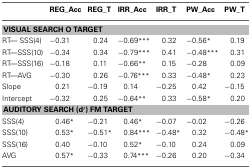
<table><thead><tr><td></td><td><b>REG_Acc</b></td><td><b>REG_T</b></td><td><b>IRR_Acc</b></td><td><b>IRR_T</b></td><td><b>PW_Acc</b></td><td><b>PW_T</b></td></tr></thead><tbody><tr><td colspan="7"><b>VISUAL SEARCH O TARGET</b></td></tr><tr><td>RT— SSS(4)</td><td>−0.31</td><td>0.24</td><td>−0.69<sup>***</sup></td><td>0.32</td><td>−0.56<sup>*</sup></td><td>0.19</td></tr><tr><td>RT—SSS(10)</td><td>−0.34</td><td>0.34</td><td>−0.79<sup>***</sup></td><td>0.41</td><td>−0.48<sup>***</sup></td><td>0.31</td></tr><tr><td>RT—SSS(16)</td><td>−0.18</td><td>0.11</td><td>−0.66<sup>**</sup></td><td>0.15</td><td>−0.28</td><td>0.09</td></tr><tr><td>RT—AVG</td><td>−0.30</td><td>0.26</td><td>−0.76<sup>***</sup></td><td>0.33</td><td>−0.48<sup>*</sup></td><td>0.23</td></tr><tr><td>Slope</td><td>0.21</td><td>−0.19</td><td>0.14</td><td>−0.25</td><td>0.42</td><td>−0.15</td></tr><tr><td>Intercept</td><td>−0.32</td><td>0.25</td><td>−0.64<sup>**</sup></td><td>0.33</td><td>−0.58<sup>*</sup></td><td>0.20</td></tr><tr><td colspan="7"><b>AUDITORY SEARCH (d′) FM TARGET</b></td></tr><tr><td>SSS(4)</td><td>0.46<sup>*</sup></td><td>−0.21</td><td>0.46<sup>*</sup></td><td>−0.07</td><td>−0.02</td><td>−0.26</td></tr><tr><td>SSS(10)</td><td>0.53<sup>*</sup></td><td>−0.51<sup>*</sup></td><td>0.84<sup>***</sup></td><td>−0.48<sup>*</sup></td><td>0.32</td><td>−0.48<sup>*</sup></td></tr><tr><td>SSS(16)</td><td>0.40</td><td>−0.10</td><td>0.52<sup>*</sup></td><td>−0.10</td><td>0.24</td><td>0.09</td></tr><tr><td>AVG</td><td>0.57<sup>*</sup></td><td>−0.33</td><td>0.74<sup>***</sup></td><td>−0.26</td><td>0.20</td><td>−0.34</td></tr></tbody></table>